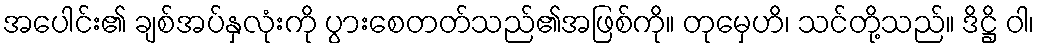
အပေါင်း၏ ချစ်အပ်နှလုံးကို ပွားစေတတ်သည်၏အဖြစ်ကို။ တုမှေဟိ၊ သင်တို့သည်။ ဒိဋ္ဌိ ဝါ၊